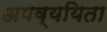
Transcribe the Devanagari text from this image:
अपव्ययिता